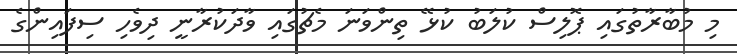
މި މުބާރާތުގައި ޕޮލިސް ކުލަބު ކުޅޭ ތިންވަނަ މެޗުގައި ވާދަކުރާނީ ދިވެހި ސިފައިންގެ